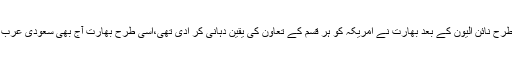
اگر یہی سعودی عرب ہماری طرف آنے کے بجائے نئی دہلی کا رخ کرتا اور جس طرح نائن الیون کے بعد بھارت نے امریکہ کو ہر قسم کے تعاون کی یقین دہانی کر ادی تھی،اسی طرح بھارت آج بھی سعودی عرب کے لئے جان حاضر کر دے تو مجھے کوئی اندازہ نہیں کہ ہمارا رد عمل کیا ہو گا۔